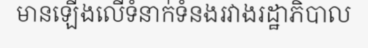
មានឡើងលើទំនាក់ទំនងរវាងរដ្ឋាភិបាល